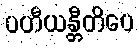
ပဟီယန္တီတိပေ